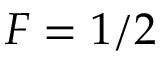
F = 1 / 2